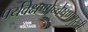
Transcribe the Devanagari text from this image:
पर्यवेक्षणान्वेषणमुखी